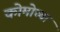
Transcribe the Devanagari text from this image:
कोमोच्या